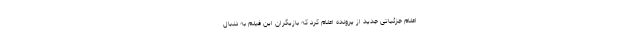
اعلام جزئیاتی جدید از پرونده اعلام کرد که بازیگران این فیلم به دنبال